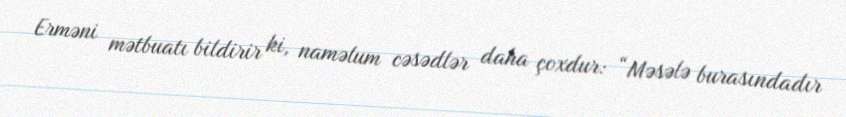
Erməni mətbuatı bildirir ki, naməlum cəsədlər daha çoxdur: “Məsələ burasındadır